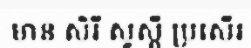
មាន សិរី សួស្តី ប្រសើរ